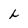
Character: L